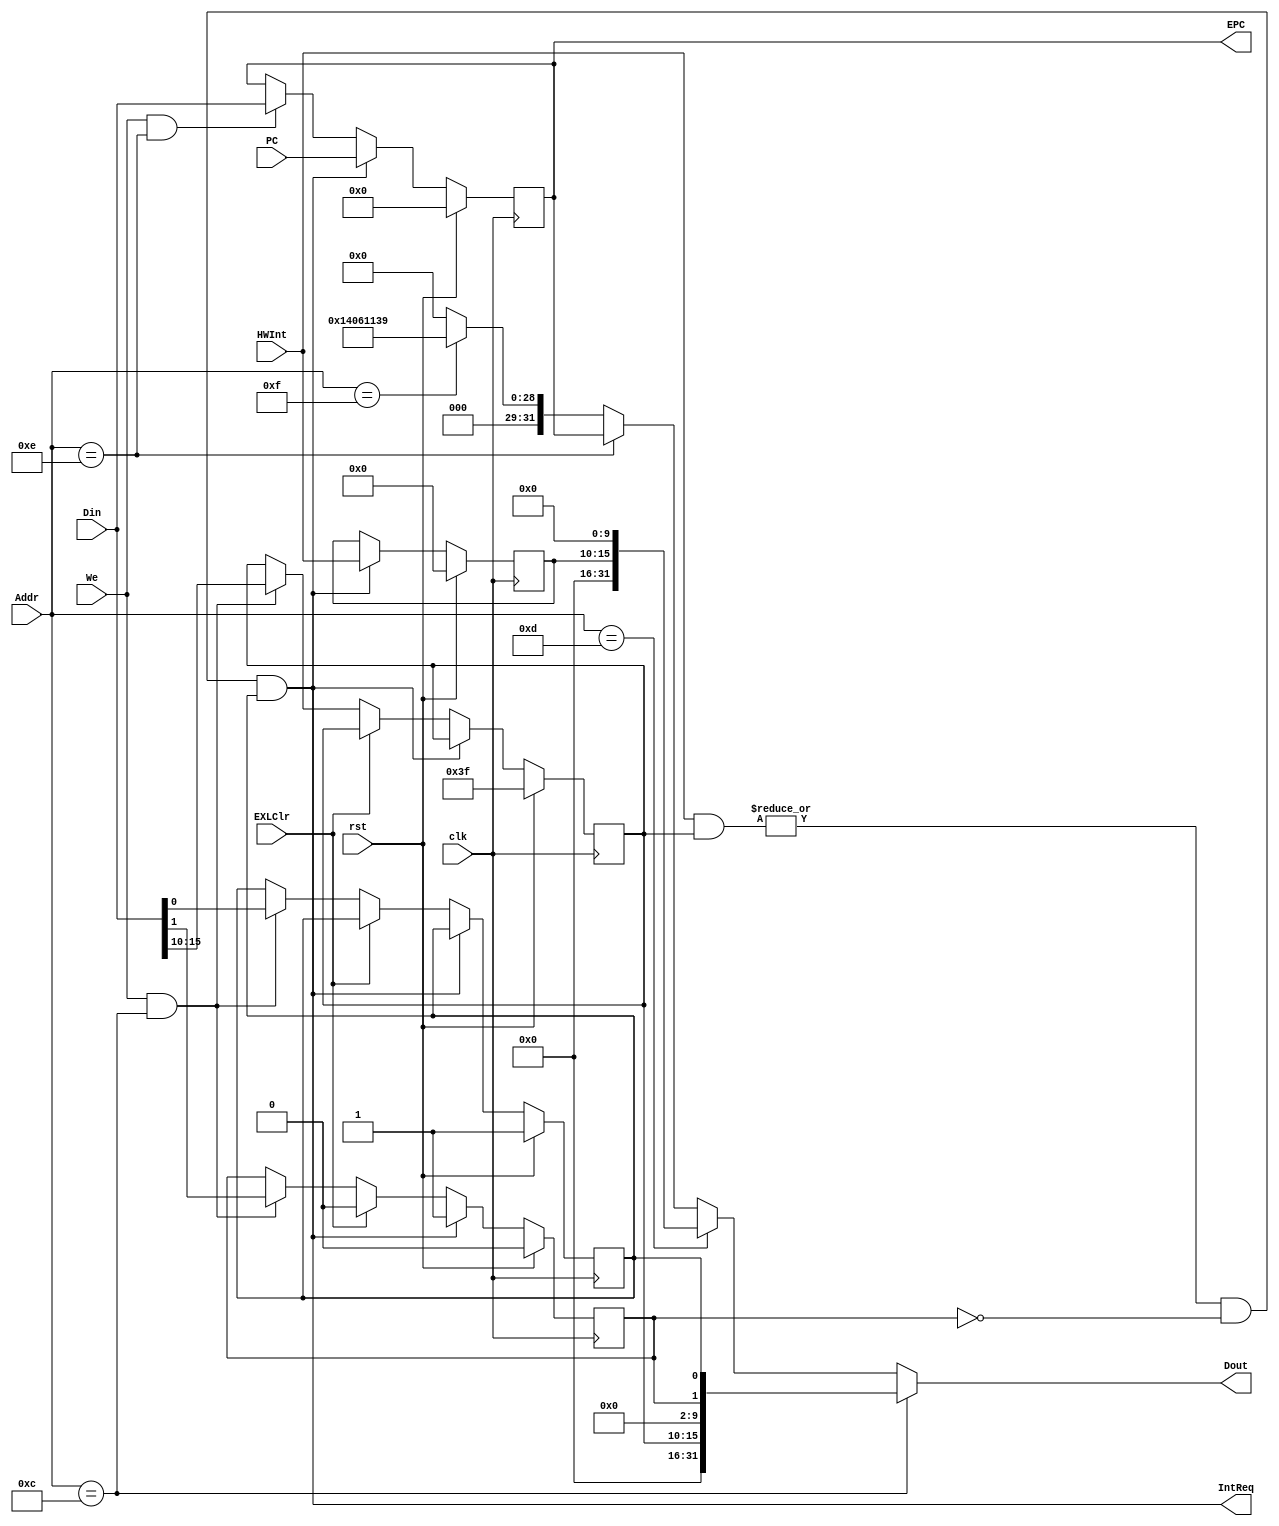
`timescale 1ns / 1ps
//////////////////////////////////////////////////////////////////////////////////
// Company: 
// Engineer: 
// 
// Design Name: 
// Module Name:    CP0 
// Project Name: 
// Target Devices: 
// Tool versions: 
// Description: 
//
// Dependencies: 
//
// Revision: 
// Revision 0.01 - File Created
// Additional Comments: 
//
//////////////////////////////////////////////////////////////////////////////////
module CP0(/*autoport*/
//output
			IntReq,
			Dout,
			EPC,
//input
			clk,
			rst,
			Addr,
			We,
			Din,
			PC,
			HWInt,
			EXLClr);
	input clk;
	input rst;
	input [4:0] Addr;
	input We;
	input [31:0] Din;
	input [31:0] PC;
	input [15:10] HWInt;
	input EXLClr;

	output IntReq;
	output [31:0] Dout;
	output reg [31:0] EPC;

	reg [15:10] IP;
	reg [15:10] IM;
	reg EXL,IE;
	wire [31:0] SR,Cause,PRId;

	assign IntReq=(|(HWInt&IM))&~EXL&IE;
//SR
	always @(posedge clk) begin
		if (rst) begin
			IM<=6'b111111;
			EXL<=1'b0;
			IE<=1'b1;	
		end
		else if (IntReq) begin
			EXL<=1'b1;
		end
		else if (EXLClr) begin
			EXL<=1'b0;
		end
		else if(We&&(Addr==5'd12)) begin
			IM<=Din[15:10];
			EXL<=Din[1];
			IE<=Din[0];
		end 
	end

	assign SR={16'b0,IM,8'b0,EXL,IE};
//Cause
	always @(posedge clk) begin
		if (rst) begin
			IP<=6'b0;			
		end
		else if (IntReq) begin
			IP<=HWInt;
		end		
	end

	assign Cause={16'b0,IP,10'b0};
//EPC
	always @(posedge clk) begin
		if (rst) begin
			EPC<=32'b0;			
		end
		else if (IntReq) begin
			EPC<=PC;
		end
		else if(We&&(Addr==5'd14)) begin
			EPC<=Din;
		end
	end
//PRId
	assign PRId = 32'h14061139;

	assign Dout = (Addr==5'd12)?SR:
				  (Addr==5'd13)?Cause:
				  (Addr==5'd14)?EPC:
				  (Addr==5'd15)?PRId:
				  32'b0;
endmodule